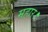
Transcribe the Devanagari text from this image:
महार।